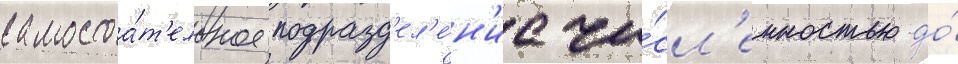
самостоа́т'ельное подразд'ел'е́н'ие чи́сл'енностью до́